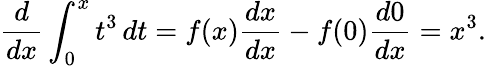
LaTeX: {\frac{d}{dx}}\int_{0}^{x}t^{3}\, dt=f(x){\frac{dx}{dx}}-f(0){\frac{d0}{dx}}=x^{3}.